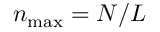
n _ { \mathrm { m a x } } = N / L